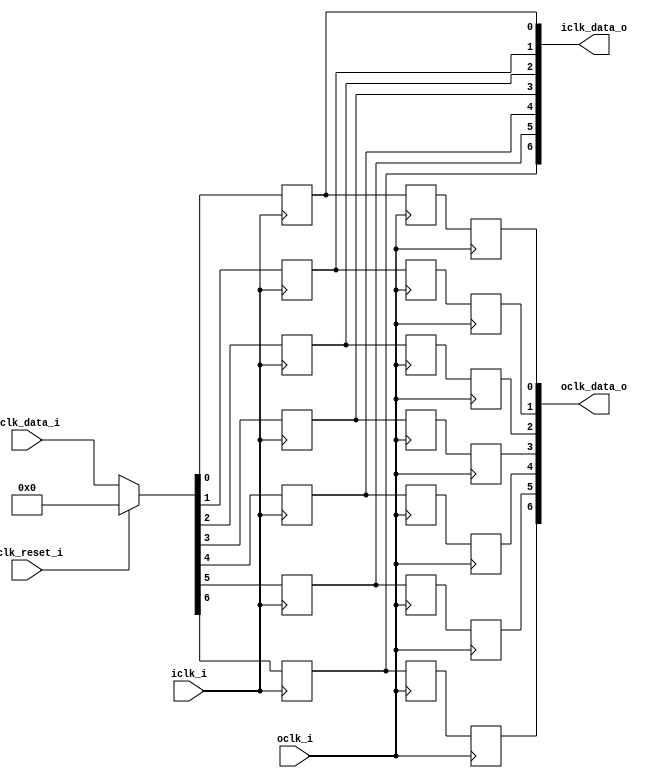
// This program was cloned from: https://github.com/NYU-MLDA/OpenABC
// License: BSD 3-Clause "New" or "Revised" License

module bsg_launch_sync_sync_posedge_7_unit
(
  iclk_i,
  iclk_reset_i,
  oclk_i,
  iclk_data_i,
  iclk_data_o,
  oclk_data_o
);

  input [6:0] iclk_data_i;
  output [6:0] iclk_data_o;
  output [6:0] oclk_data_o;
  input iclk_i;
  input iclk_reset_i;
  input oclk_i;
  wire [6:0] iclk_data_o,oclk_data_o,bsg_SYNC_1_r;
  wire N0,N1,N2,N3,N4,N5,N6,N7,N8,N9;
  reg iclk_data_o_6_sv2v_reg,iclk_data_o_5_sv2v_reg,iclk_data_o_4_sv2v_reg,
  iclk_data_o_3_sv2v_reg,iclk_data_o_2_sv2v_reg,iclk_data_o_1_sv2v_reg,
  iclk_data_o_0_sv2v_reg,bsg_SYNC_1_r_6_sv2v_reg,bsg_SYNC_1_r_5_sv2v_reg,bsg_SYNC_1_r_4_sv2v_reg,
  bsg_SYNC_1_r_3_sv2v_reg,bsg_SYNC_1_r_2_sv2v_reg,bsg_SYNC_1_r_1_sv2v_reg,
  bsg_SYNC_1_r_0_sv2v_reg,oclk_data_o_6_sv2v_reg,oclk_data_o_5_sv2v_reg,oclk_data_o_4_sv2v_reg,
  oclk_data_o_3_sv2v_reg,oclk_data_o_2_sv2v_reg,oclk_data_o_1_sv2v_reg,
  oclk_data_o_0_sv2v_reg;
  assign iclk_data_o[6] = iclk_data_o_6_sv2v_reg;
  assign iclk_data_o[5] = iclk_data_o_5_sv2v_reg;
  assign iclk_data_o[4] = iclk_data_o_4_sv2v_reg;
  assign iclk_data_o[3] = iclk_data_o_3_sv2v_reg;
  assign iclk_data_o[2] = iclk_data_o_2_sv2v_reg;
  assign iclk_data_o[1] = iclk_data_o_1_sv2v_reg;
  assign iclk_data_o[0] = iclk_data_o_0_sv2v_reg;
  assign bsg_SYNC_1_r[6] = bsg_SYNC_1_r_6_sv2v_reg;
  assign bsg_SYNC_1_r[5] = bsg_SYNC_1_r_5_sv2v_reg;
  assign bsg_SYNC_1_r[4] = bsg_SYNC_1_r_4_sv2v_reg;
  assign bsg_SYNC_1_r[3] = bsg_SYNC_1_r_3_sv2v_reg;
  assign bsg_SYNC_1_r[2] = bsg_SYNC_1_r_2_sv2v_reg;
  assign bsg_SYNC_1_r[1] = bsg_SYNC_1_r_1_sv2v_reg;
  assign bsg_SYNC_1_r[0] = bsg_SYNC_1_r_0_sv2v_reg;
  assign oclk_data_o[6] = oclk_data_o_6_sv2v_reg;
  assign oclk_data_o[5] = oclk_data_o_5_sv2v_reg;
  assign oclk_data_o[4] = oclk_data_o_4_sv2v_reg;
  assign oclk_data_o[3] = oclk_data_o_3_sv2v_reg;
  assign oclk_data_o[2] = oclk_data_o_2_sv2v_reg;
  assign oclk_data_o[1] = oclk_data_o_1_sv2v_reg;
  assign oclk_data_o[0] = oclk_data_o_0_sv2v_reg;

  always @(posedge iclk_i) begin
    if(1'b1) begin
      iclk_data_o_6_sv2v_reg <= N9;
    end 
  end


  always @(posedge iclk_i) begin
    if(1'b1) begin
      iclk_data_o_5_sv2v_reg <= N8;
    end 
  end


  always @(posedge iclk_i) begin
    if(1'b1) begin
      iclk_data_o_4_sv2v_reg <= N7;
    end 
  end


  always @(posedge iclk_i) begin
    if(1'b1) begin
      iclk_data_o_3_sv2v_reg <= N6;
    end 
  end


  always @(posedge iclk_i) begin
    if(1'b1) begin
      iclk_data_o_2_sv2v_reg <= N5;
    end 
  end


  always @(posedge iclk_i) begin
    if(1'b1) begin
      iclk_data_o_1_sv2v_reg <= N4;
    end 
  end


  always @(posedge iclk_i) begin
    if(1'b1) begin
      iclk_data_o_0_sv2v_reg <= N3;
    end 
  end


  always @(posedge oclk_i) begin
    if(1'b1) begin
      bsg_SYNC_1_r_6_sv2v_reg <= iclk_data_o[6];
    end 
  end


  always @(posedge oclk_i) begin
    if(1'b1) begin
      bsg_SYNC_1_r_5_sv2v_reg <= iclk_data_o[5];
    end 
  end


  always @(posedge oclk_i) begin
    if(1'b1) begin
      bsg_SYNC_1_r_4_sv2v_reg <= iclk_data_o[4];
    end 
  end


  always @(posedge oclk_i) begin
    if(1'b1) begin
      bsg_SYNC_1_r_3_sv2v_reg <= iclk_data_o[3];
    end 
  end


  always @(posedge oclk_i) begin
    if(1'b1) begin
      bsg_SYNC_1_r_2_sv2v_reg <= iclk_data_o[2];
    end 
  end


  always @(posedge oclk_i) begin
    if(1'b1) begin
      bsg_SYNC_1_r_1_sv2v_reg <= iclk_data_o[1];
    end 
  end


  always @(posedge oclk_i) begin
    if(1'b1) begin
      bsg_SYNC_1_r_0_sv2v_reg <= iclk_data_o[0];
    end 
  end


  always @(posedge oclk_i) begin
    if(1'b1) begin
      oclk_data_o_6_sv2v_reg <= bsg_SYNC_1_r[6];
    end 
  end


  always @(posedge oclk_i) begin
    if(1'b1) begin
      oclk_data_o_5_sv2v_reg <= bsg_SYNC_1_r[5];
    end 
  end


  always @(posedge oclk_i) begin
    if(1'b1) begin
      oclk_data_o_4_sv2v_reg <= bsg_SYNC_1_r[4];
    end 
  end


  always @(posedge oclk_i) begin
    if(1'b1) begin
      oclk_data_o_3_sv2v_reg <= bsg_SYNC_1_r[3];
    end 
  end


  always @(posedge oclk_i) begin
    if(1'b1) begin
      oclk_data_o_2_sv2v_reg <= bsg_SYNC_1_r[2];
    end 
  end


  always @(posedge oclk_i) begin
    if(1'b1) begin
      oclk_data_o_1_sv2v_reg <= bsg_SYNC_1_r[1];
    end 
  end


  always @(posedge oclk_i) begin
    if(1'b1) begin
      oclk_data_o_0_sv2v_reg <= bsg_SYNC_1_r[0];
    end 
  end

  assign { N9, N8, N7, N6, N5, N4, N3 } = (N0)? { 1'b0, 1'b0, 1'b0, 1'b0, 1'b0, 1'b0, 1'b0 } : 
                                          (N1)? iclk_data_i : 1'b0;
  assign N0 = iclk_reset_i;
  assign N1 = N2;
  assign N2 = ~iclk_reset_i;

endmodule